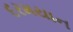
દરમયાન